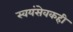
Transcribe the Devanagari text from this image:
स्वयंसेवकही